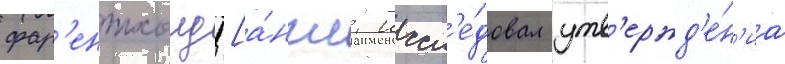
фар'ентхолд [а́нгл. иссл'е́довал утв'ержд'е́н'иа